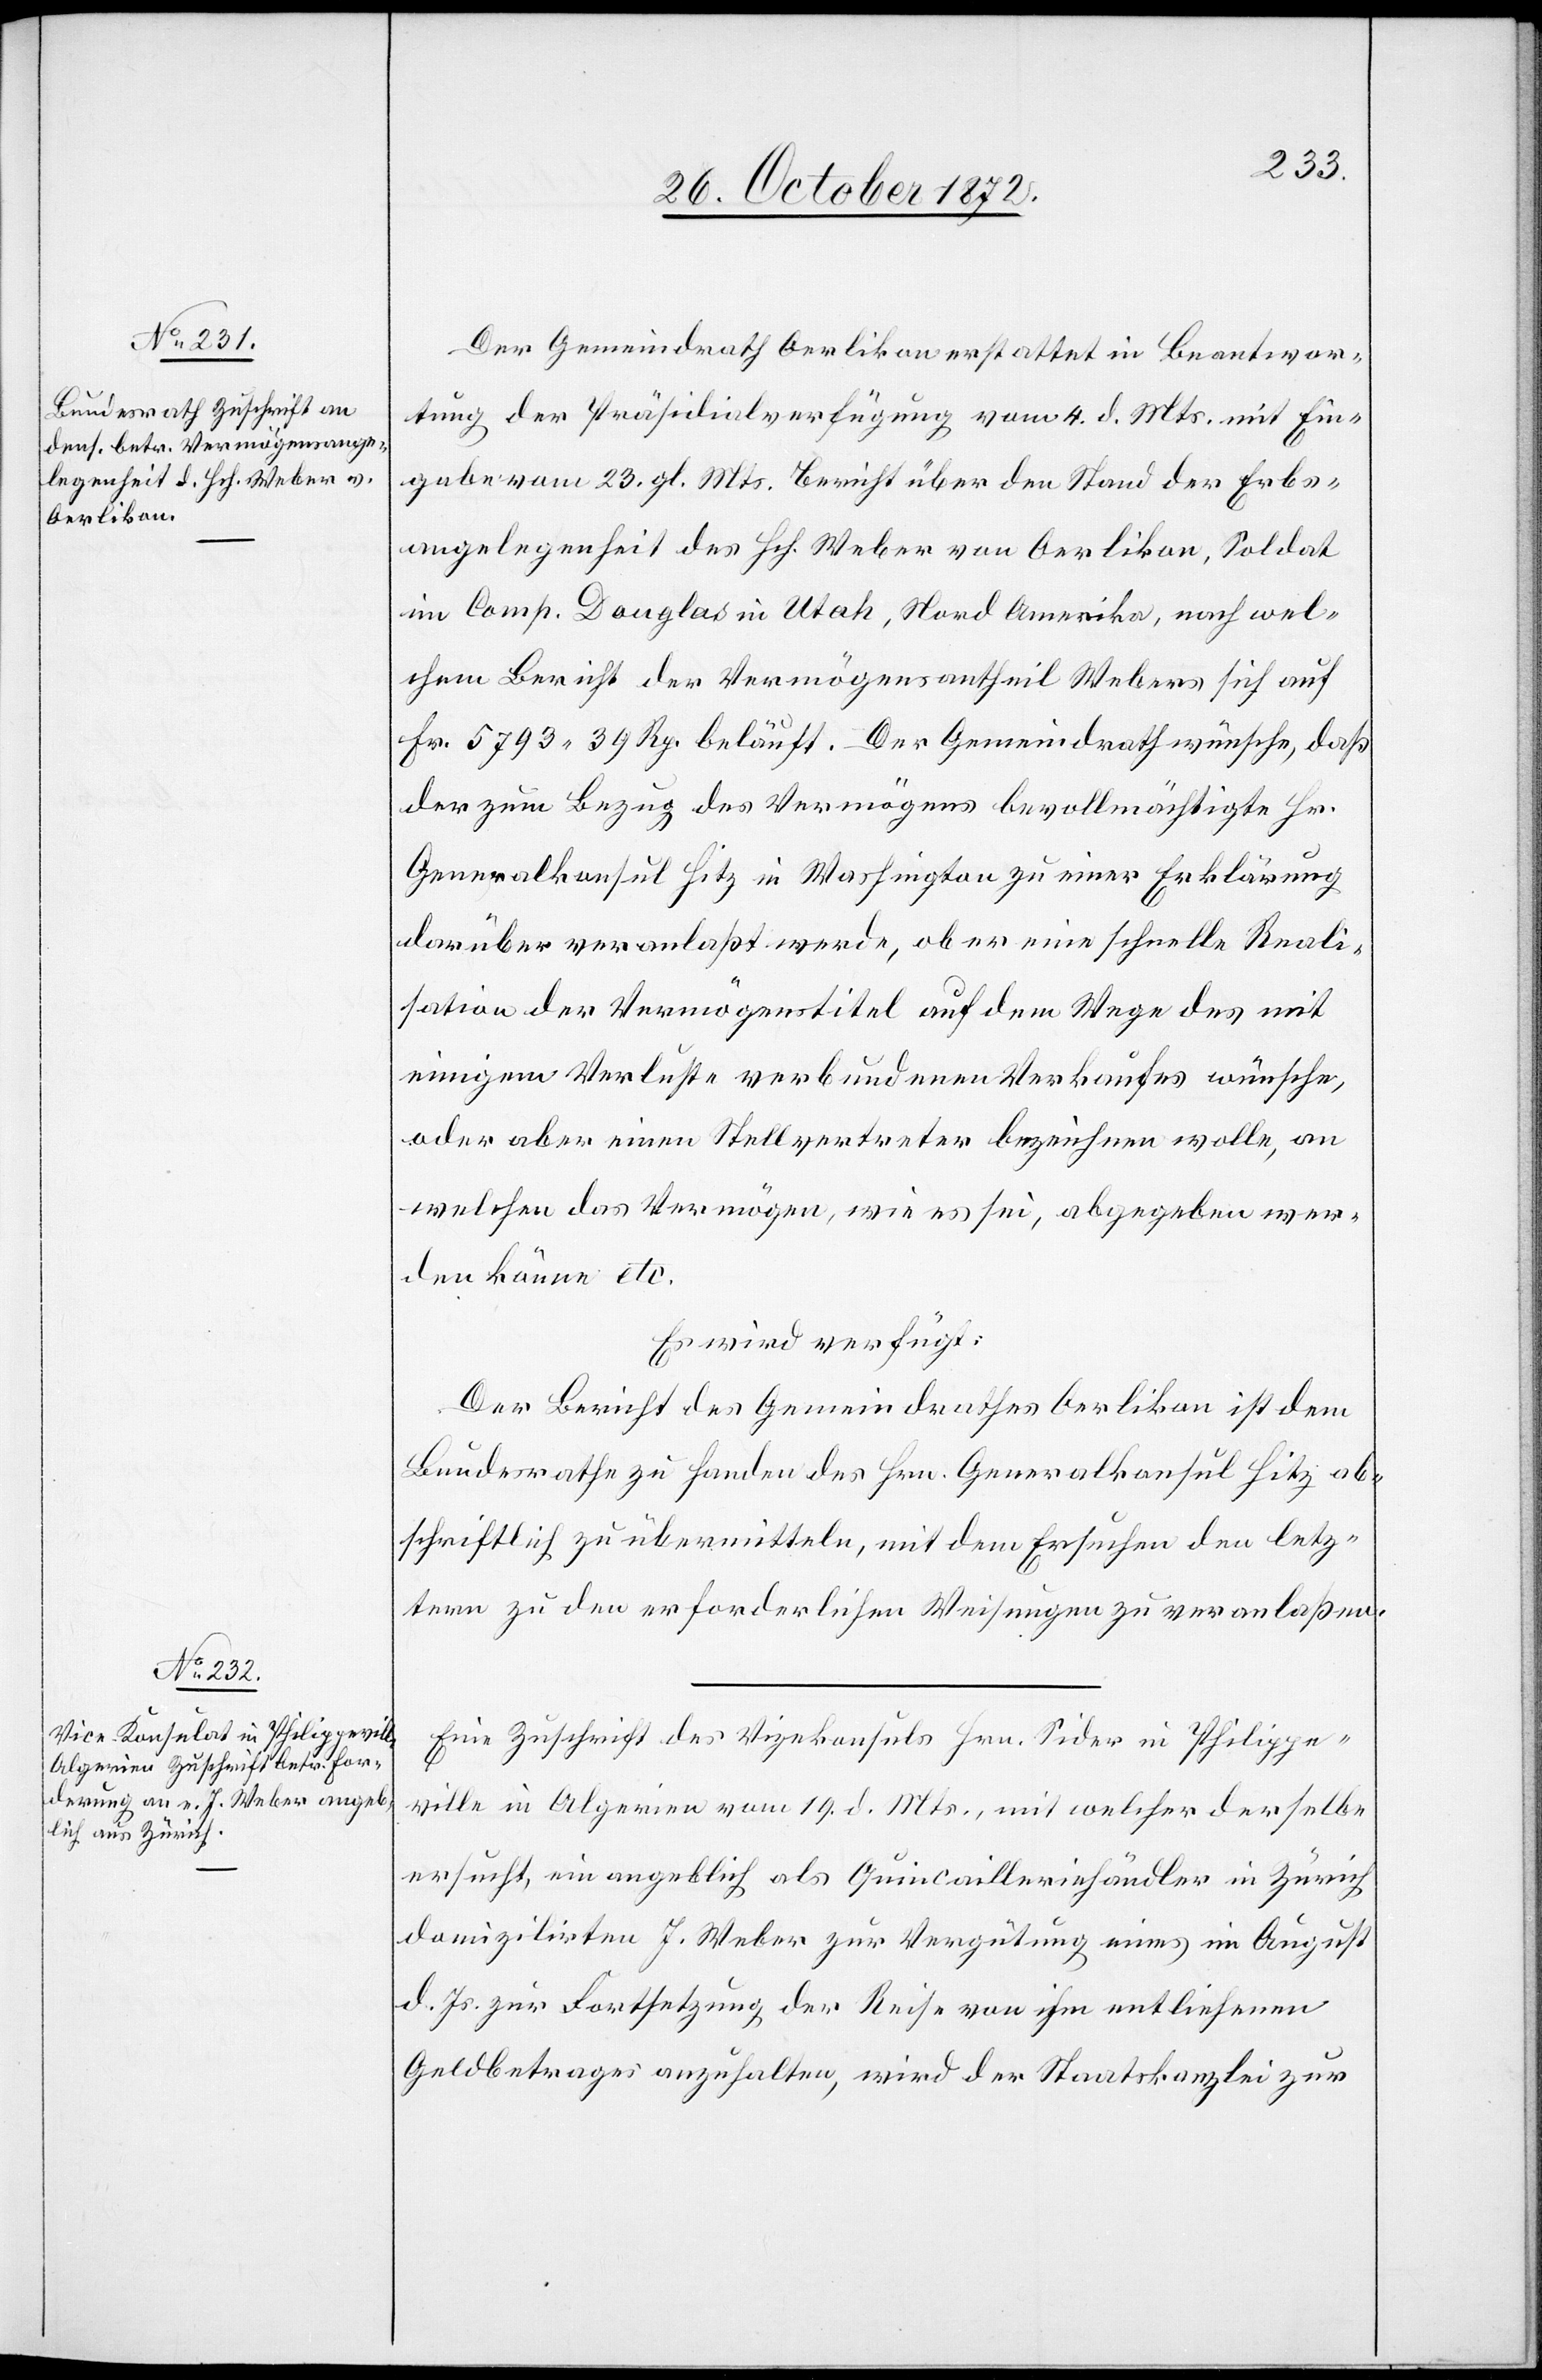
31. October 1872.]
Der Gemeindrath Oerlikon erstattet in Beantwor¬
tung der Präsidialverfügung vom 4. d. Mts. mit Ein¬
gabe vom 23. gl. Mts. Bericht über den Stand der Erbs¬
angelegenheit des Hch. Weber von Oerlikon, Soldat
im Camp. Douglas in Utah, Nord Amerika, nach wel¬
chem Bericht der Vermögensantheil Webers sich auf
Fr. 5793 39 Rp. beläuft. Der Gemeindrath wünsche, daß
der zum Bezug des Vermögens bevollmächtigte Hr.
Generalkonsul Hitz in Washington zu einer Erklärung
darüber veranlaßt werde, ob er eine schnelle Reali¬
sation der Vermögenstitel auf dem Wege des mit
einigem Verluste verbundenen Verkaufes wünsche,
oder aber einen Stellvertreter bezeichnen wolle, an
welchen das Vermögen, wie es sei, abgegeben wer¬
den könne etc.
Es wird verfügt:
Der Bericht des Gemeindrathes Oerlikon ist dem
Bundesrathe zu Handen des Hrn. Generalkonsul Hitz ab¬
schriftlich zu übermitteln, mit dem Ersuchen den letz¬
tern zu den erforderlichen Weisungen zu veranlaßen.
Eine Zuschrift des Vizekonsuls Hrn. Sider in Philippe¬
ville in Algerien vom 19. d. Mts., mit welcher derselbe
ersucht, ein angeblich als Quincailleriehändler in Zürich
domizilirten J. Weber zur Vergütung eines im August
d. Js. zur Fortsetzung der Reise von ihm entliehenen
Geldbetrages anzuhalten, wird der Staatskanzlei zur